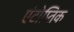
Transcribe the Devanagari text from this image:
एंटोप्तिक